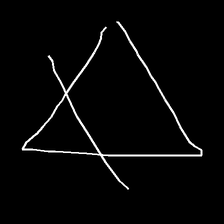
Glyph: empower